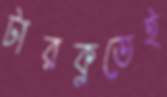
টারকুতেই